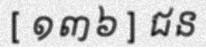
[ ១៣៦ ] ជន